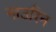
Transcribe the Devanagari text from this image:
नाउरिन